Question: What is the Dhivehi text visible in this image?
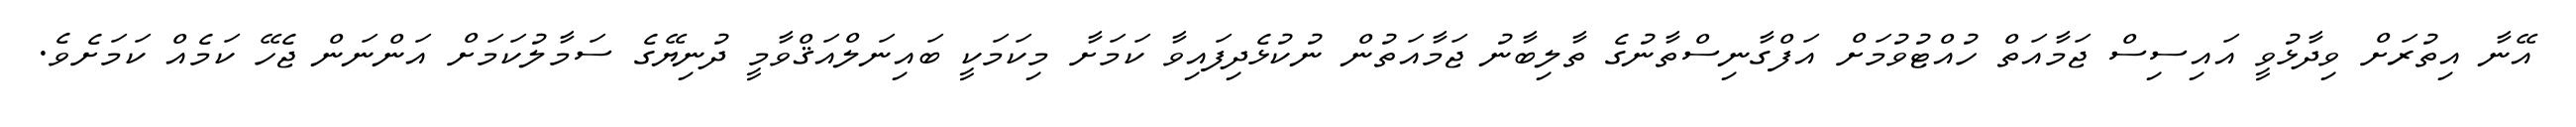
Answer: އޭނާ އިތުރަށް ވިދާޅުވީ އައިސިސް ޖަމާއަތް ހުއްޓުވުމަށް އަފްގާނިސްތާނުގެ ތާލިބާނު ޖަމާއަތުން ނުކުޅެދިފައިވާ ކަމަށާ މިކަމަކީ ބައިނަލްއަޤްވާމީ ދުނިޔޭގެ ސަމާލުކަމަށް އަންނަން ޖެހޭ ކަމެއް ކަމަށެވެ.